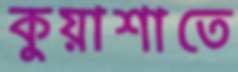
কুয়াশাতে